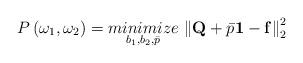
LaTeX: \begin{align*}P\left(\omega_{1},\omega_{2}\right)=\underset{b_{1},b_{2},\bar{p}}{minimize}\,\left\Vert \mathbf{Q}+\bar{p}\mathbf{1}-\mathbf{f}\right\Vert _{2}^{2}\end{align*}